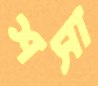
শসা